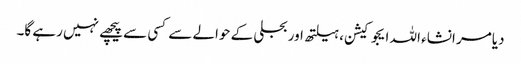
دیامر انشاء اللہ ایجوکیشن، ہیلتھ اور بجلی کے حوالے سے کسی سے پیچھے نہیں رہے گا۔